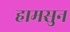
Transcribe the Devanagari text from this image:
हामसुन